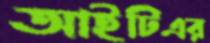
আইটিএর